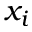
x _ { i }